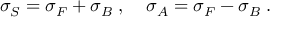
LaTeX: \sigma _ { S } = \sigma _ { F } + \sigma _ { B } \; , \; \; \; \; \sigma _ { A } = \sigma _ { F } - \sigma _ { B } \; .